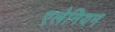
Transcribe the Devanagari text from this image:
एलेनियन